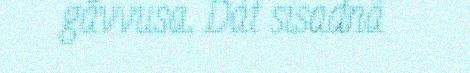
gåvvusa. Dát sisadná